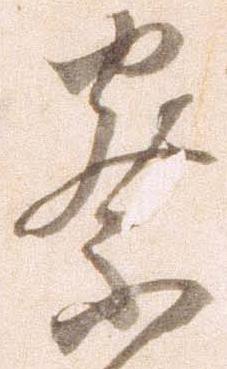
察